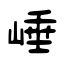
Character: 崜